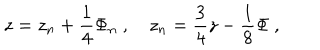
LaTeX: z = z _ { n } + \frac { 1 } { 4 } \Phi _ { n } \ , z _ { n } = \frac { 3 } { 4 } z - \frac { 1 } { 8 } \Phi \ ,